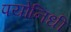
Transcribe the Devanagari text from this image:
पयोनिधी